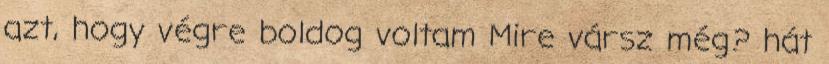
azt, hogy végre boldog voltam Mire vársz még? hát